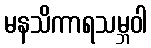
မနသိကာရသမ္ဘဝါ